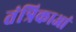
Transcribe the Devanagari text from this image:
तंत्रिकाआं